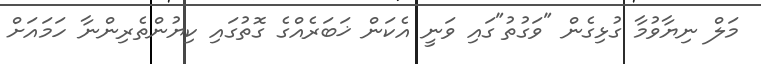
މަލް ނިޔާވުމާ ގުޅިގެން "ވަގުތު"ގައި ވަނީ އެކަން ޚަބަރެއްގެ ގޮތުގައި ކިޔުންތެރިންނާ ހަމައަށް